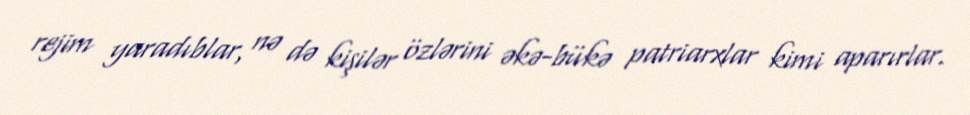
rejim yaradıblar, nə də kişilər özlərini əkə-bükə patriarxlar kimi aparırlar.